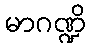
မာဂဏ္ဍိ